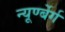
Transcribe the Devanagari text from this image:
न्यूर्ण्बेर्ग